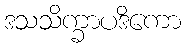
ဒသသိက္ခာပဒိကော